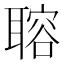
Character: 𦗋